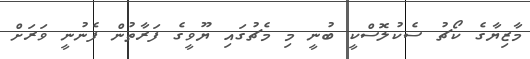
މާޒިޔާގެ ކޯޗު ސެކުލޮސްކީ ބުނީ މި މެޗުގައި ޔޫވީގެ ފަރާތުން ފެނުނީ ވަރަށް